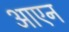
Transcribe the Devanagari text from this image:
आएन